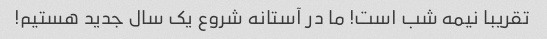
تقریبا نیمه شب است! ما در آستانه شروع یک سال جدید هستیم!